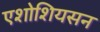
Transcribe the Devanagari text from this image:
एशोशियसन